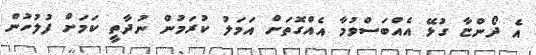
އެ ދޯންޏާ ގުޅޭ އެއްބަސްވުމާ އެއްގޮތަށް އަމަލު ކުރަމުން ނުދާތީ ކަމަށް ފުލުހުން